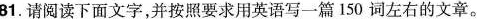
81.请阅读下面文字,并按照要求用英语写一篇150词左右的文章.